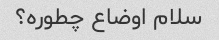
سلام اوضاع چطوره؟